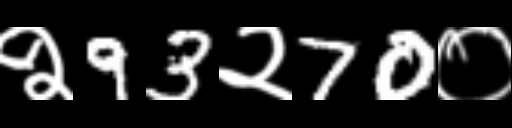
Text: २93२70०